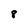
Character: 8